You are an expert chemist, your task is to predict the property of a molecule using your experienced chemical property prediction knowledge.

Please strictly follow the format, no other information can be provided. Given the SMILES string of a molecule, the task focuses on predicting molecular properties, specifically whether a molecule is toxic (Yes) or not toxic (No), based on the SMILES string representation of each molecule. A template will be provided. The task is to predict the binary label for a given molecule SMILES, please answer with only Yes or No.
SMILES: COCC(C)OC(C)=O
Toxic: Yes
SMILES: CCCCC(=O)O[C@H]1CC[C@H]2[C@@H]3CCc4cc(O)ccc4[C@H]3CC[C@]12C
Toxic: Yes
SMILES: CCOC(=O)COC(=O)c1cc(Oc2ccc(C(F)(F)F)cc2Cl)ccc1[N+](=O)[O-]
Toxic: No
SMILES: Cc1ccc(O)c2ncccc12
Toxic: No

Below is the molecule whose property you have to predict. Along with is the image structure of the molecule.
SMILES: O=C1c2ccccc2C(=O)C1C(=O)C(c1ccccc1)c1ccc(Cl)cc1
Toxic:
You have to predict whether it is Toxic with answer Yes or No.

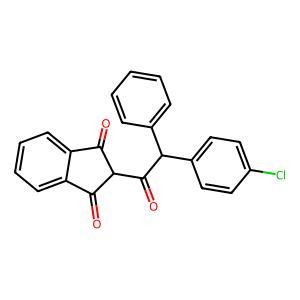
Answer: No